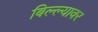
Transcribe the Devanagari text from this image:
बिल्ल्यावर